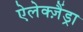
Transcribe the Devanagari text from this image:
ऐलेक्ज़ैंड्रा